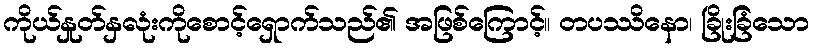
ကိုယ်နှုတ်နှလုံးကိုစောင့်ရှောက်သည်၏ အဖြစ်ကြောင့်။ တပဿိနော၊ ခြိုးခြံသော